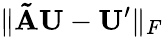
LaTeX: \| \mathbf{\tilde{A}U}-\mathbf{U}^{\prime}\| _{F}